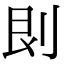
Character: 𠛵